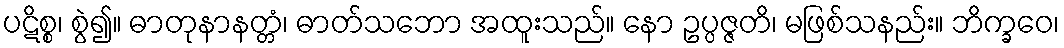
ပဋိစ္စ၊ စွဲ၍။ ဓာတုနာနတ္တံ၊ ဓာတ်သဘော အထူးသည်။ နော ဥပ္ပဇ္ဇတိ၊ မဖြစ်သနည်း။ ဘိက္ခဝေ၊